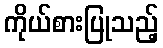
ကိုယ်စားပြုသည့်